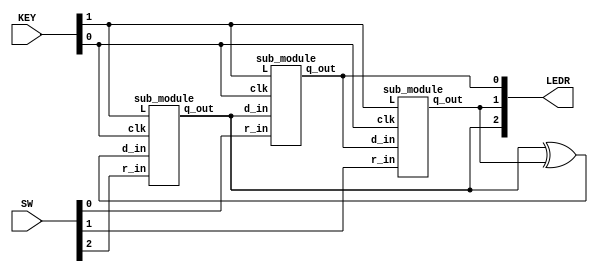
module top_module 
(
	input	[2:0]	SW,      // R
	input 	[1:0]	KEY,     // L and clk
    
	output	[2:0]	LEDR
);  // Q

    wire	[2:0]	r_t;
    wire	[2:0]	q_t;
    wire			clock;
    wire			load_t;
    
    assign	clock	=	KEY[0];
    assign	load_t	=	KEY[1];
    assign	r_t		=	SW;
    assign	LEDR	=	q_t;
    
    sub_module stage0 ( .clk(clock), .L(load_t), .r_in(r_t[0]), .d_in(q_t[2]), .q_out(q_t[0]) );
    sub_module stage1 ( .clk(clock), .L(load_t), .r_in(r_t[1]), .d_in(q_t[0]), .q_out(q_t[1]) );
    sub_module stage2 ( .clk(clock), .L(load_t), .r_in(r_t[2]), .d_in(q_t[2]^q_t[1]), .q_out(q_t[2]) );

endmodule

module sub_module 
(
	input 			clk,
	input 			L,
	input 			r_in,
	input 			d_in,
    
	output reg		q_out
);
    
    wire 			muxout;
    
    assign muxout = ( L ) ? r_in : d_in;
    
    always @ (posedge clk) begin
       	q_out	<=	muxout;
    end // always

endmodule